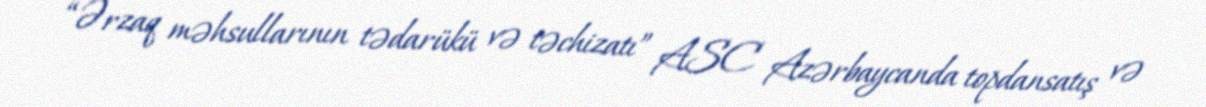
“Ərzaq məhsullarının tədarükü və təchizatı” ASC Azərbaycanda topdansatış və